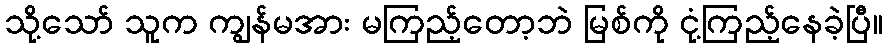
သို့သော် သူက ကျွန်မအား မကြည့်တော့ဘဲ မြစ်ကို ငုံ့ကြည့်နေခဲ့ပြီ။